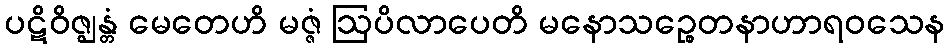
ပဋိဝိဇ္ဈန္တံ မေတေဟိ မဇ္ဇံ ဩပိလာပေတိ မနောသဉ္စေတနာဟာရဝသေန